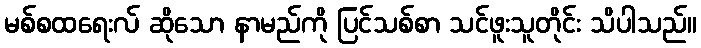
မစ်စထရေးလ် ဆိုသော နာမည်ကို ပြင်သစ်စာ သင်ဖူးသူတိုင်း သိပါသည်။